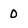
Character: 0